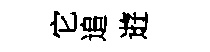
它追逰